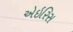
એઇરિસ